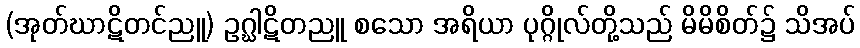
(အုတ်ဃာဋိတင်ညူ) ဥဂ္ဃါဋိတညူ စသော အရိယာ ပုဂ္ဂိုလ်တို့သည် မိမိစိတ်၌ သိအပ်